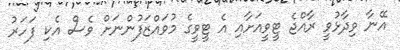
އޭނާ ވިދާޅުވީ ރާއްޖެ ޓީވީއަށާއި އެ ޓީވީގެ މުވައްޒަފުންނަށް ވެސް އެކި ފަހަރު